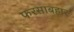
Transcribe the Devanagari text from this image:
फरसाबहार